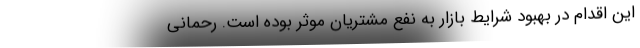
این اقدام در بهبود شرایط بازار به نفع مشتریان موثر بوده است. رحمانی